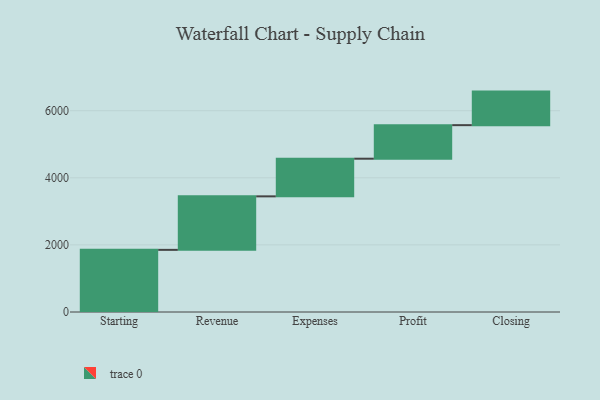
{"axis": {"x": "Step", "y": "Value"}, "legend": [""], "data": [{"x": "Starting", "y": 1852.0, "type": ""}, {"x": "Revenue", "y": 1595.0, "type": ""}, {"x": "Expenses", "y": 1122.0, "type": ""}, {"x": "Profit", "y": 1000, "type": ""}, {"x": "Closing", "y": 1000, "type": ""}]}